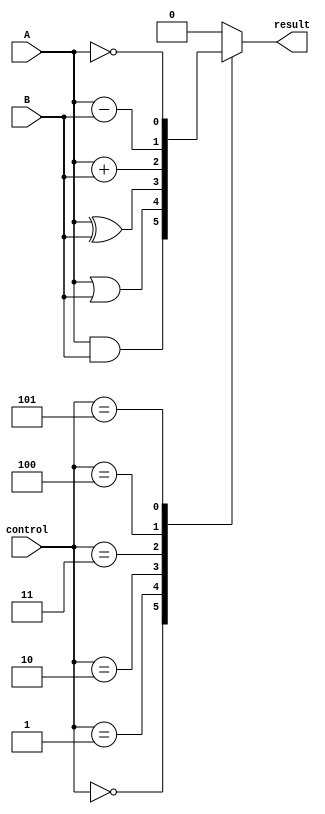
module alu(input wire A, input wire B, input wire [2:0] control, output reg result);

always @(*)
begin
    case(control)
        3'b000: result = A & B; //AND operation
        3'b001: result = A | B; //OR operation
        3'b010: result = A ^ B; //XOR operation
        3'b011: result = A + B; //Addition operation
        3'b100: result = A - B; //Subtraction operation
        3'b101: result = ~A; //NOT operation
        default: result = 1'b0; //Default to 0
    endcase
end

endmodule